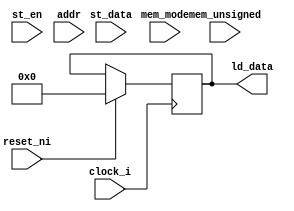


module datamemory(
    clock_i, 
    reset_ni, 
    mem_mode, 
    mem_unsigned, 
    st_data, 
    st_en,
    ld_data, 
    addr
);
input [31:0] addr;
input clock_i, reset_ni, st_en, mem_unsigned;
input [31:0] st_data;
input [1:0] mem_mode;
output reg [31:0] ld_data;

always @(posedge clock_i)
    begin
        if(reset_ni)
            ld_data <= 32'd0;
        else
            begin




            end

    end


endmodule